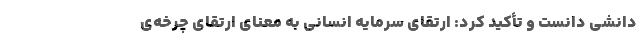
دانشی دانست و تأکید کرد: ارتقای سرمایه ­انسانی به معنای ارتقای چرخه‌ی